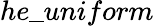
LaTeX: he\_ uniform